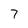
Character: 7